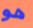
هو